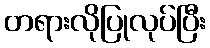
တရားလိုပြုလုပ်ပြီး